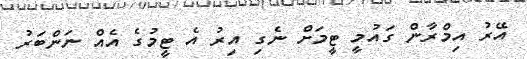
އޭރު އިމްރާން ގައުމީ ޓީމަށް ނެގި އިރު އެ ޓީމުގެ އެއް ނަންބަރު